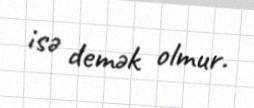
isə demək olmur.